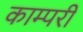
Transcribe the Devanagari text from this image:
काम्परी